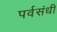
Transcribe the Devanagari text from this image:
पर्वसंधी